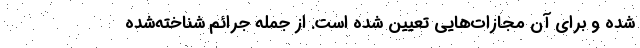
شده و برای آن مجازات‌هایی تعیین شده است. از‌ جمله جرائم شناخته‌شده